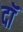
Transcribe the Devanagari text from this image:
दॉ